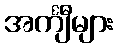
အင်္ကျီများ